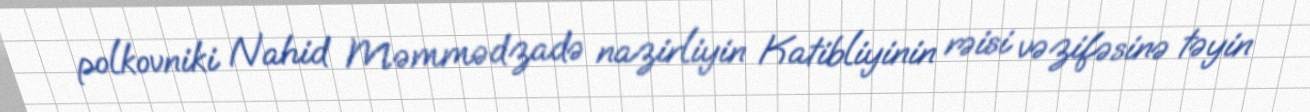
polkovniki Nahid Məmmədzadə nazirliyin Katibliyinin rəisi vəzifəsinə təyin